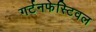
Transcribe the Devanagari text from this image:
गर्टनफेस्टिवल